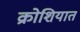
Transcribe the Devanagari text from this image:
क्रोशियात